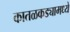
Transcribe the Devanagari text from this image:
कातळकड्यामध्ये